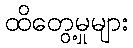
ထိတွေ့မှုများ